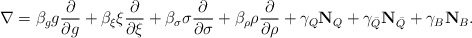
\begin{align*}\nabla = \beta_g g \frac{\partial}{\partial g} +\beta_\xi \xi \frac{\partial}{\partial \xi} +\beta_\sigma \sigma \frac{\partial}{\partial \sigma} +\beta_\rho \rho \frac{\partial}{\partial \rho} +\gamma_Q \mathbf{N}_Q + \gamma_{\bar Q} \mathbf{N}_{\bar Q} + \gamma_B \mathbf{N}_B.\end{align*}